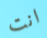
انت